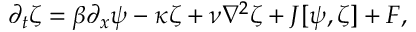
\partial _ { t } \zeta = \beta \partial _ { x } \psi - \kappa \zeta + \nu \nabla ^ { 2 } \zeta + J [ \psi , \zeta ] + F ,